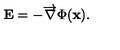
{ \bf E } = - \overrightarrow \nabla \Phi ( { \bf x } ) .